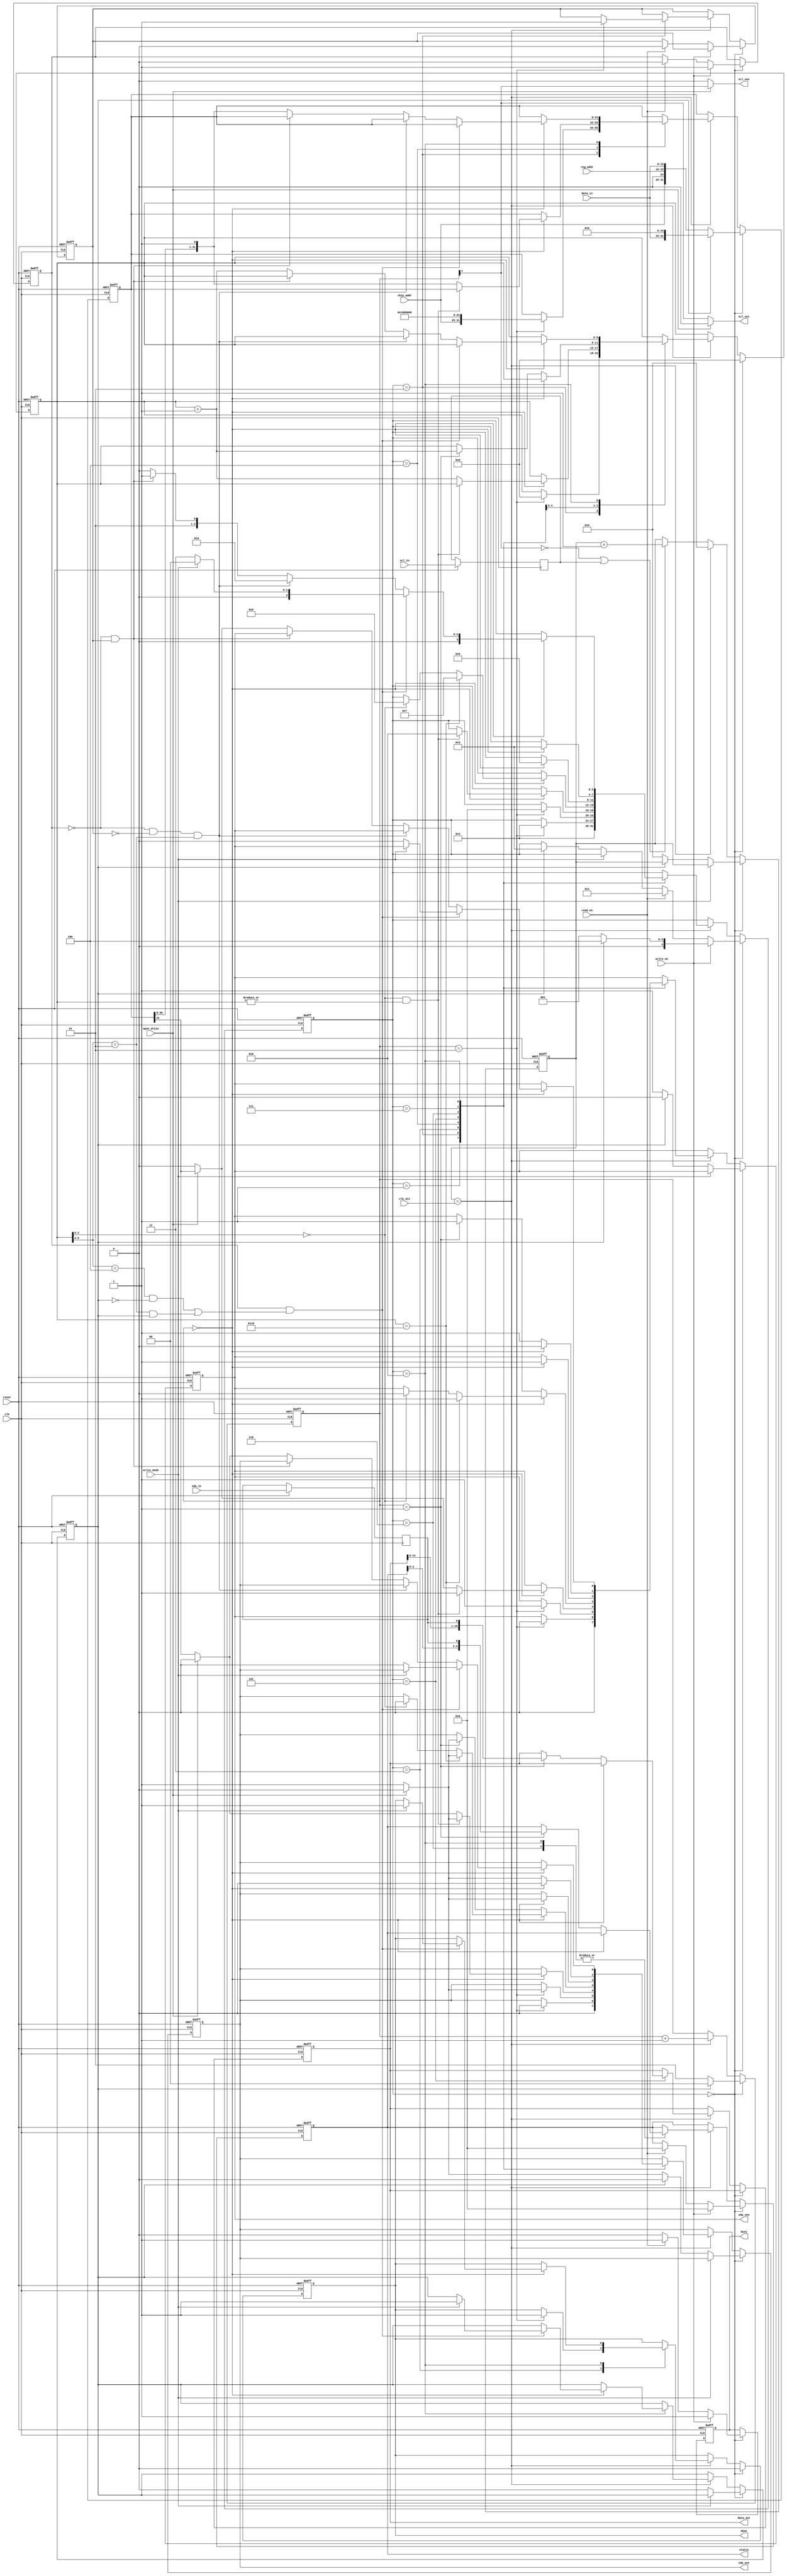
module i2c_master
    #(
        parameter ADDR_BYTES = 1,
        parameter DATA_BYTES = 2,
        parameter REG_ADDR_WIDTH = 8 * ADDR_BYTES
    )(
        input  clk,            // System clock
        input  reset,          // Reset signal
        input  [11:0] clk_div, // Clock divider value to configure SCL from the system clock

        input open_drain, // Open drain

        input  sda_in,    // SDA Input
        output sda_out,   // SDA Output
        output sda_oen,   // SDA Output Enable

        input  scl_in,    // SCL Input
        output scl_out,   // SCL Output
        output scl_oen,   // SCL Output Enable

        input [6:0] chip_addr, // Slave Address
        input [REG_ADDR_WIDTH - 1:0] reg_addr, // Register address

        input write_en,    // Write enable
        input write_mode,  // Write mode (0: single, 1: multi-byte)
        input read_en,     // Read enable

        output reg [8 * DATA_BYTES - 1:0] data_out,   // Data to write to register
        input [8 * DATA_BYTES - 1:0] data_in,         // Data read from register

        output reg [ST_WIDTH - 1:0] status,
        output reg done,
        output reg busy
    );

    localparam ST_WIDTH = 1 + ADDR_BYTES + DATA_BYTES;
    localparam SR_WIDTH = 8 * ST_WIDTH;

    // State Machine States
    localparam s_idle         = 0,
               s_start_write  = 1,
               s_start_read   = 2,
               s_stop         = 3,
               s_shift_out    = 4,
               s_shift_in     = 5,
               s_send_ack     = 6,
               s_send_nack    = 7,
               s_rcv_ack      = 8;


    // Interal registers
    reg [SR_WIDTH-1:0] sr;   // Shift register
    reg [5:0] sr_count;      // Location within shift register

    wire [2:0] byte_count;	// Internal Variable to count the no. of bytes being transmitted

    reg [1:0] scl_count;	//Counting the no. of clock
    reg [11:0] clk_count;

    reg sda_reg, oen_reg, sda_s, scl_s;
    reg writing, reading, in_prog;

    // FSM state
    reg [3:0] state;

    assign sda_out = sda_reg;			//SDA reg is assigned to the out port every 
    assign sda_oen = oen_reg;
    assign scl_out = open_drain ? 1'b0 : scl_count[1];
    assign scl_oen = open_drain ? scl_count[1] : 1'b0;
    assign byte_count = sr_count[5:3];

    always @ (posedge clk or negedge reset) begin	// On Positive clock edge or on reset being pulled down we will start the State Machine
        if (~reset) begin		// Reset Mode.. Reset state Machine to IDLE state
            state     <= s_idle;

            sda_reg   <= 1'b1;
            oen_reg   <= 1'b1;

            sr_count  <= 6'b00_0000;
            sr        <= 24'hFFF;

            writing   <= 1'b1;
            reading   <= 1'b0;
            in_prog   <= 1'b0;

            status    <= 1'b0;
            done      <= 1'b0;
            busy      <= 1'b0;

            data_out  <= 1'b0;

            scl_count <= 2'b10;
            clk_count <= 12'b0000_0000_0000;
        end
        else begin				// ELSE begin by scanning the input lines This else case is where the entire state machine is evaluated
            sda_s <= sda_in;
            scl_s <= scl_in;

            if (state == s_idle) begin		// IF state is IDLE we set the final done bit to zero 
                done <= 1'b0;
                sr_count <= 6'b00_0000;		// The Shift register is set to zero based on it being not shifted out any bits

                if (~write_mode) begin		//  If not in the write Mode set the in_prog bit to zero which in the read mode
                    in_prog <= 1'b0;

                    if (in_prog) begin			// If In-prog bit is set after this point we have hit the stop state of the FSM we need to pull down the 
                        state <= s_stop;
                        sda_reg <= 1'b0;
                        oen_reg <= 1'b0;
                    end
                    else begin					// If not in progress we set the start condition on the bus to begin reading the the data.
                        sda_reg <= open_drain ? 1'b0 : 1'b1;
                        oen_reg <= 1'b1;
                        clk_count <= 0;
                    end
                end

                if (in_prog) begin			// IN Idle state if the in_prog bit is set 
                    scl_count <= 2'b00;		// SCL_COUNT is set to 00 as we need to send out the shift register

                    sr <= {data_in, {SR_WIDTH - 8 * DATA_BYTES{1'b0}}};		// Append the shift register 24 bits of zeroes
                end
                else begin					// If not in IDLE state we need to check for other conditions
                    scl_count <= 2'b10;		//set the clk to 2 and we read the data in 

                    if (ADDR_BYTES == 0) begin		// If there is only data to be sent and location has been locked in we send just the data
                        sr <= {chip_addr, 1'b0, data_in};
                    end
                    else begin
                        sr <= {chip_addr, 1'b0, reg_addr, data_in};		//The chip address and write register address in the write mode.
                    end
                end

                if (write_en) begin				// From Idle state if write_enable is set depending on weather or not we are making progress 
                    state   <= in_prog ? s_shift_out : s_start_write;	//Next state is shift _out or s_start_write
                    writing <= 1'b1;		//writing in progress
                    status  <= 1'b0;		
                    busy    <= 1'b1;		//I2C module busy for Micro controller Signal
                end
                else if (read_en) begin			//Else if read is enabled the next state is either start_read or Start_write the address to be read from in the slave
                    state    <= ADDR_BYTES == 0 ? s_start_read : s_start_write;
                    writing  <= 1'b0;
                    reading  <= 1'b0;
                    status   <= 1'b0;
                    busy     <= 1'b1;
                end
                else begin
                    busy     <= 1'b0;
                end
            end
            else begin
                if (clk_count == clk_div) begin		// Clock divider Circuit
                    clk_count <= 2'b00;
                    scl_count <= scl_count + 1'b1;

                    case (state)
                        s_start_write: begin		// From Idle state we move to start irrespective of weather we need to do a read or a write
                            state   <= s_shift_out; // Next state is to shift out on the SDA
                            sda_reg <= 1'b0;
                            oen_reg <= 1'b0;
                        end

                        s_start_read: begin			// From Start read we start to shift out the chip address to check if slave acknowledges
                            if (scl_count == 2'b10) begin
                                state    <= s_shift_out;
                                sda_reg  <= 1'b0;
                                oen_reg  <= 1'b0;
                                sr       <= {chip_addr, 1'b1, {8 * (ADDR_BYTES + DATA_BYTES){1'b0}}};
                                sr_count <= 6'b00_0000;
                                reading  <= 1'b1;
                            end
                        end

                        s_stop: begin						//DEpending on the state of the transition we can set the next state to Idle and generate the
                            if (scl_count == 2'b10) begin	//stop condition on the SDA bus.
                                state   <= s_idle;
                                sda_reg <= open_drain ? 1'b0 : 1'b1;
                                oen_reg <= 1'b1;
                                done    <= 1'b1;
                            end
                        end

                        s_shift_out: begin
                            if (scl_count == 2'b00) begin
                                if ((sr_count[2:0]) == 3'b000 && (|sr_count)) begin	//Check if we are done sending Set the next state to check for Recv and 
                                    state   <= s_rcv_ack;							// generate a stop condition on the bus
                                    sda_reg <= open_drain ? 1'b0 : 1'b1;
                                    oen_reg <= 1'b1;
                                end
                                else begin											// If we have not completed the send wet set the shift register's MSB 
                                    sda_reg  <= open_drain ? 1'b0 : sr[SR_WIDTH - 1]; // to the SDA line and we left shift nd append it with a one we also increment 
                                    oen_reg  <= open_drain ? sr[SR_WIDTH - 1] : 1'b0; //the shift register counter
                                    sr       <= {sr[SR_WIDTH - 2:0], 1'b1};
                                    sr_count <= sr_count + 1'b1;
                                end
                            end
                        end

                        s_shift_in: begin
                            if (scl_count == 2'b00) begin
                                if (sr_count == 8 * (DATA_BYTES + 1)) begin		// Data bits is equal to DATAbytes + 1 Address Byte 
                                    state   <= s_send_nack;
                                    sda_reg <= open_drain ? 1'b0 : 1'b1;
                                    oen_reg <= 1'b1;
                                end
                                else if (sr_count[2:0] == 3'b000) begin			//Hadling if no Data has been received end by checking ACK
                                    state   <= s_send_ack;
                                    sda_reg <= 1'b0;
                                    oen_reg <= 1'b0;
                                end
                            end
                            else if (scl_count == 2'b01) begin
                                data_out <= {data_out[8 * DATA_BYTES - 2:0], sda_s};	// Data is passed to the Microcontroller through the data out parallel lines
                                sda_reg  <= open_drain ? 1'b0 : 1'b1;
                                oen_reg  <= 1'b1;
                                sr_count <= sr_count + 1'b1;
                            end
                        end

                        s_send_ack: begin					//Acknowledge state
                            if (scl_count == 2'b00) begin		// Continue shifting in Data
                                state   <= s_shift_in;
                                sda_reg <= open_drain ? 1'b0 : 1'b1;
                                oen_reg <= 1'b1;
                            end
                            else if (scl_count == 2'b01) begin
                                status <= {status[ST_WIDTH - 2:0], sda_s};	//Shifting in data
                            end
                        end

                        s_send_nack: begin
                            if (scl_count == 2'b00) begin	// Nack state is set then we terminat the state Machine to stop
                                state   <= s_stop;
                                sda_reg <= 1'b0;
                                oen_reg <= 1'b0;
                            end
                            else begin			// Else we send a stop condtion to the code.
                                sda_reg <= open_drain ? 1'b0 : 1'b1;
                                oen_reg <= 1'b1;
                            end
                        end

                        s_rcv_ack: begin
                            if (scl_count == 2'b00) begin
                                if (writing && ((byte_count == DATA_BYTES + ADDR_BYTES + 1 && ~in_prog) || (byte_count == DATA_BYTES && in_prog))) begin	// Once completed writing we try and chck 
                                    if (write_mode) begin
                                        state   <= s_idle;
                                        in_prog <= 1'b1;
                                        done    <= 1'b1;
                                    end else begin
                                        state   <= s_stop;
                                        sda_reg <= 1'b0;
                                        oen_reg <= 1'b0;
                                    end
                                end
                                else if (~writing && ~reading && (byte_count == ADDR_BYTES + 1)) begin	// If we are not writing and reading along with the byte count 
                                    state <= s_start_read;
                                end
                                else if (~writing && reading) begin
                                    state <= s_shift_in;
                                end
                                else begin
                                    state    <= s_shift_out;
                                    sda_reg  <= open_drain ? 1'b0 : sr[SR_WIDTH - 1];
                                    oen_reg  <= open_drain ? sr[SR_WIDTH - 1] : 1'b0;
                                    sr       <= {sr[SR_WIDTH - 2:0], 1'b1};
                                    sr_count <= sr_count + 1'b1;
                                end
                            end
                            else if (scl_count == 2'b01) begin
                                status <= {status[ST_WIDTH - 2:0], sda_s};
                            end
                        end
                    endcase
                end
                else begin
                    if (scl_count[1] == 1'b0 || scl_s == 1'b1) begin		//Indicates completion of a full clock cycle.
                        clk_count <= clk_count + 1'b1;
                    end
                end
            end
        end
    end
endmodule